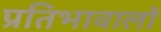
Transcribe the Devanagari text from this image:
प्रतिभावालों